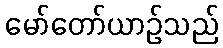
မော်တော်ယာဉ်သည်